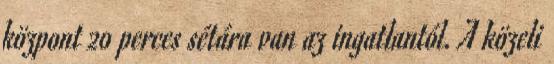
központ 20 perces sétára van az ingatlantól. A közeli